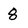
Character: 8